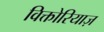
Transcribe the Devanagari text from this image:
विक्तोरियाज़